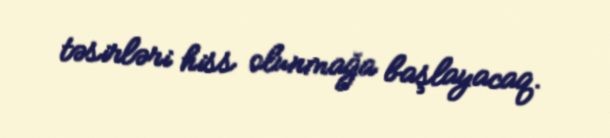
təsirləri hiss olunmağa başlayacaq.